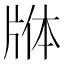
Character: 𬌕